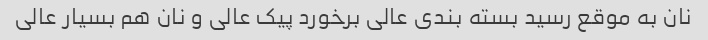
نان به موقع رسید بسته بندی عالی برخورد پیک عالی و نان هم بسیار عالی